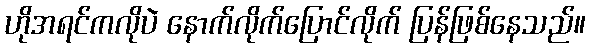
ဟိုအရင်ကလိုပဲ နောက်လိုက်ပြောင်လိုက် ပြန်ဖြစ်နေသည်။